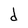
Character: d